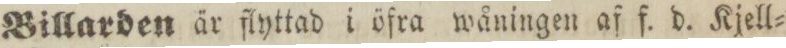
Billarden är flyttad i öfra wåningen af f. d. Kjell=